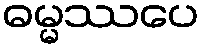
ဓမ္မဿပေ